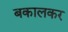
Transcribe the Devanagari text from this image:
बकालकर